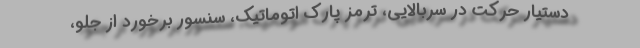
دستیار حرکت در سربالایی، ترمز پارک اتوماتیک، سنسور برخورد از جلو،